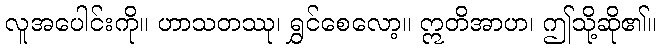
လူအပေါင်းကို။ ဟာသတဿု၊ ရွှင်စေလော့။ ဣတိအာဟ၊ ဤသို့ဆို၏။